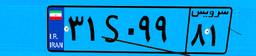
۳۱S۰۹۹۸۱